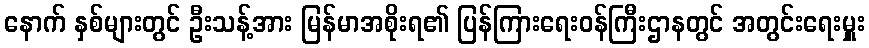
နောက် နှစ်များတွင် ဦးသန့်အား မြန်မာအစိုးရ၏ ပြန်ကြားရေးဝန်ကြီးဌာနတွင် အတွင်းရေးမှူး